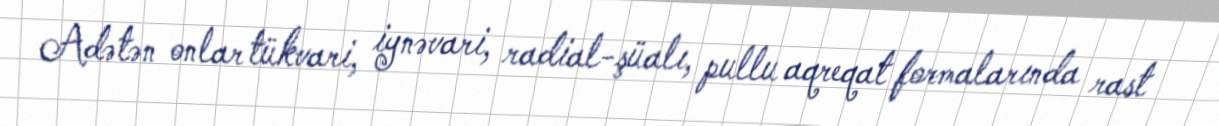
Adətən onlar tükvari, iynəvari, radial-şüalı, pullu aqreqat formalarında rast